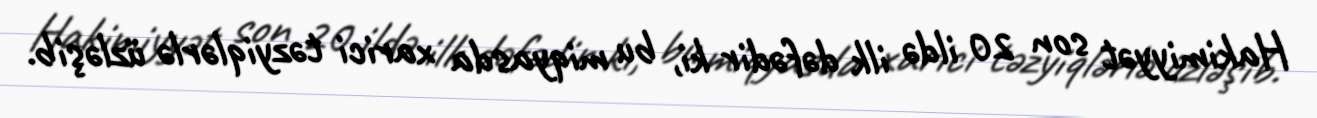
Hakimiyyət son 20 ildə ilk dəfədir ki, bu miqyasda xarici təzyiqlərlə üzləşib.